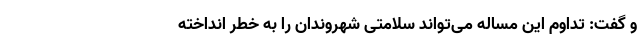
و گفت: تداوم این مساله می‌تواند سلامتی شهروندان را به خطر انداخته